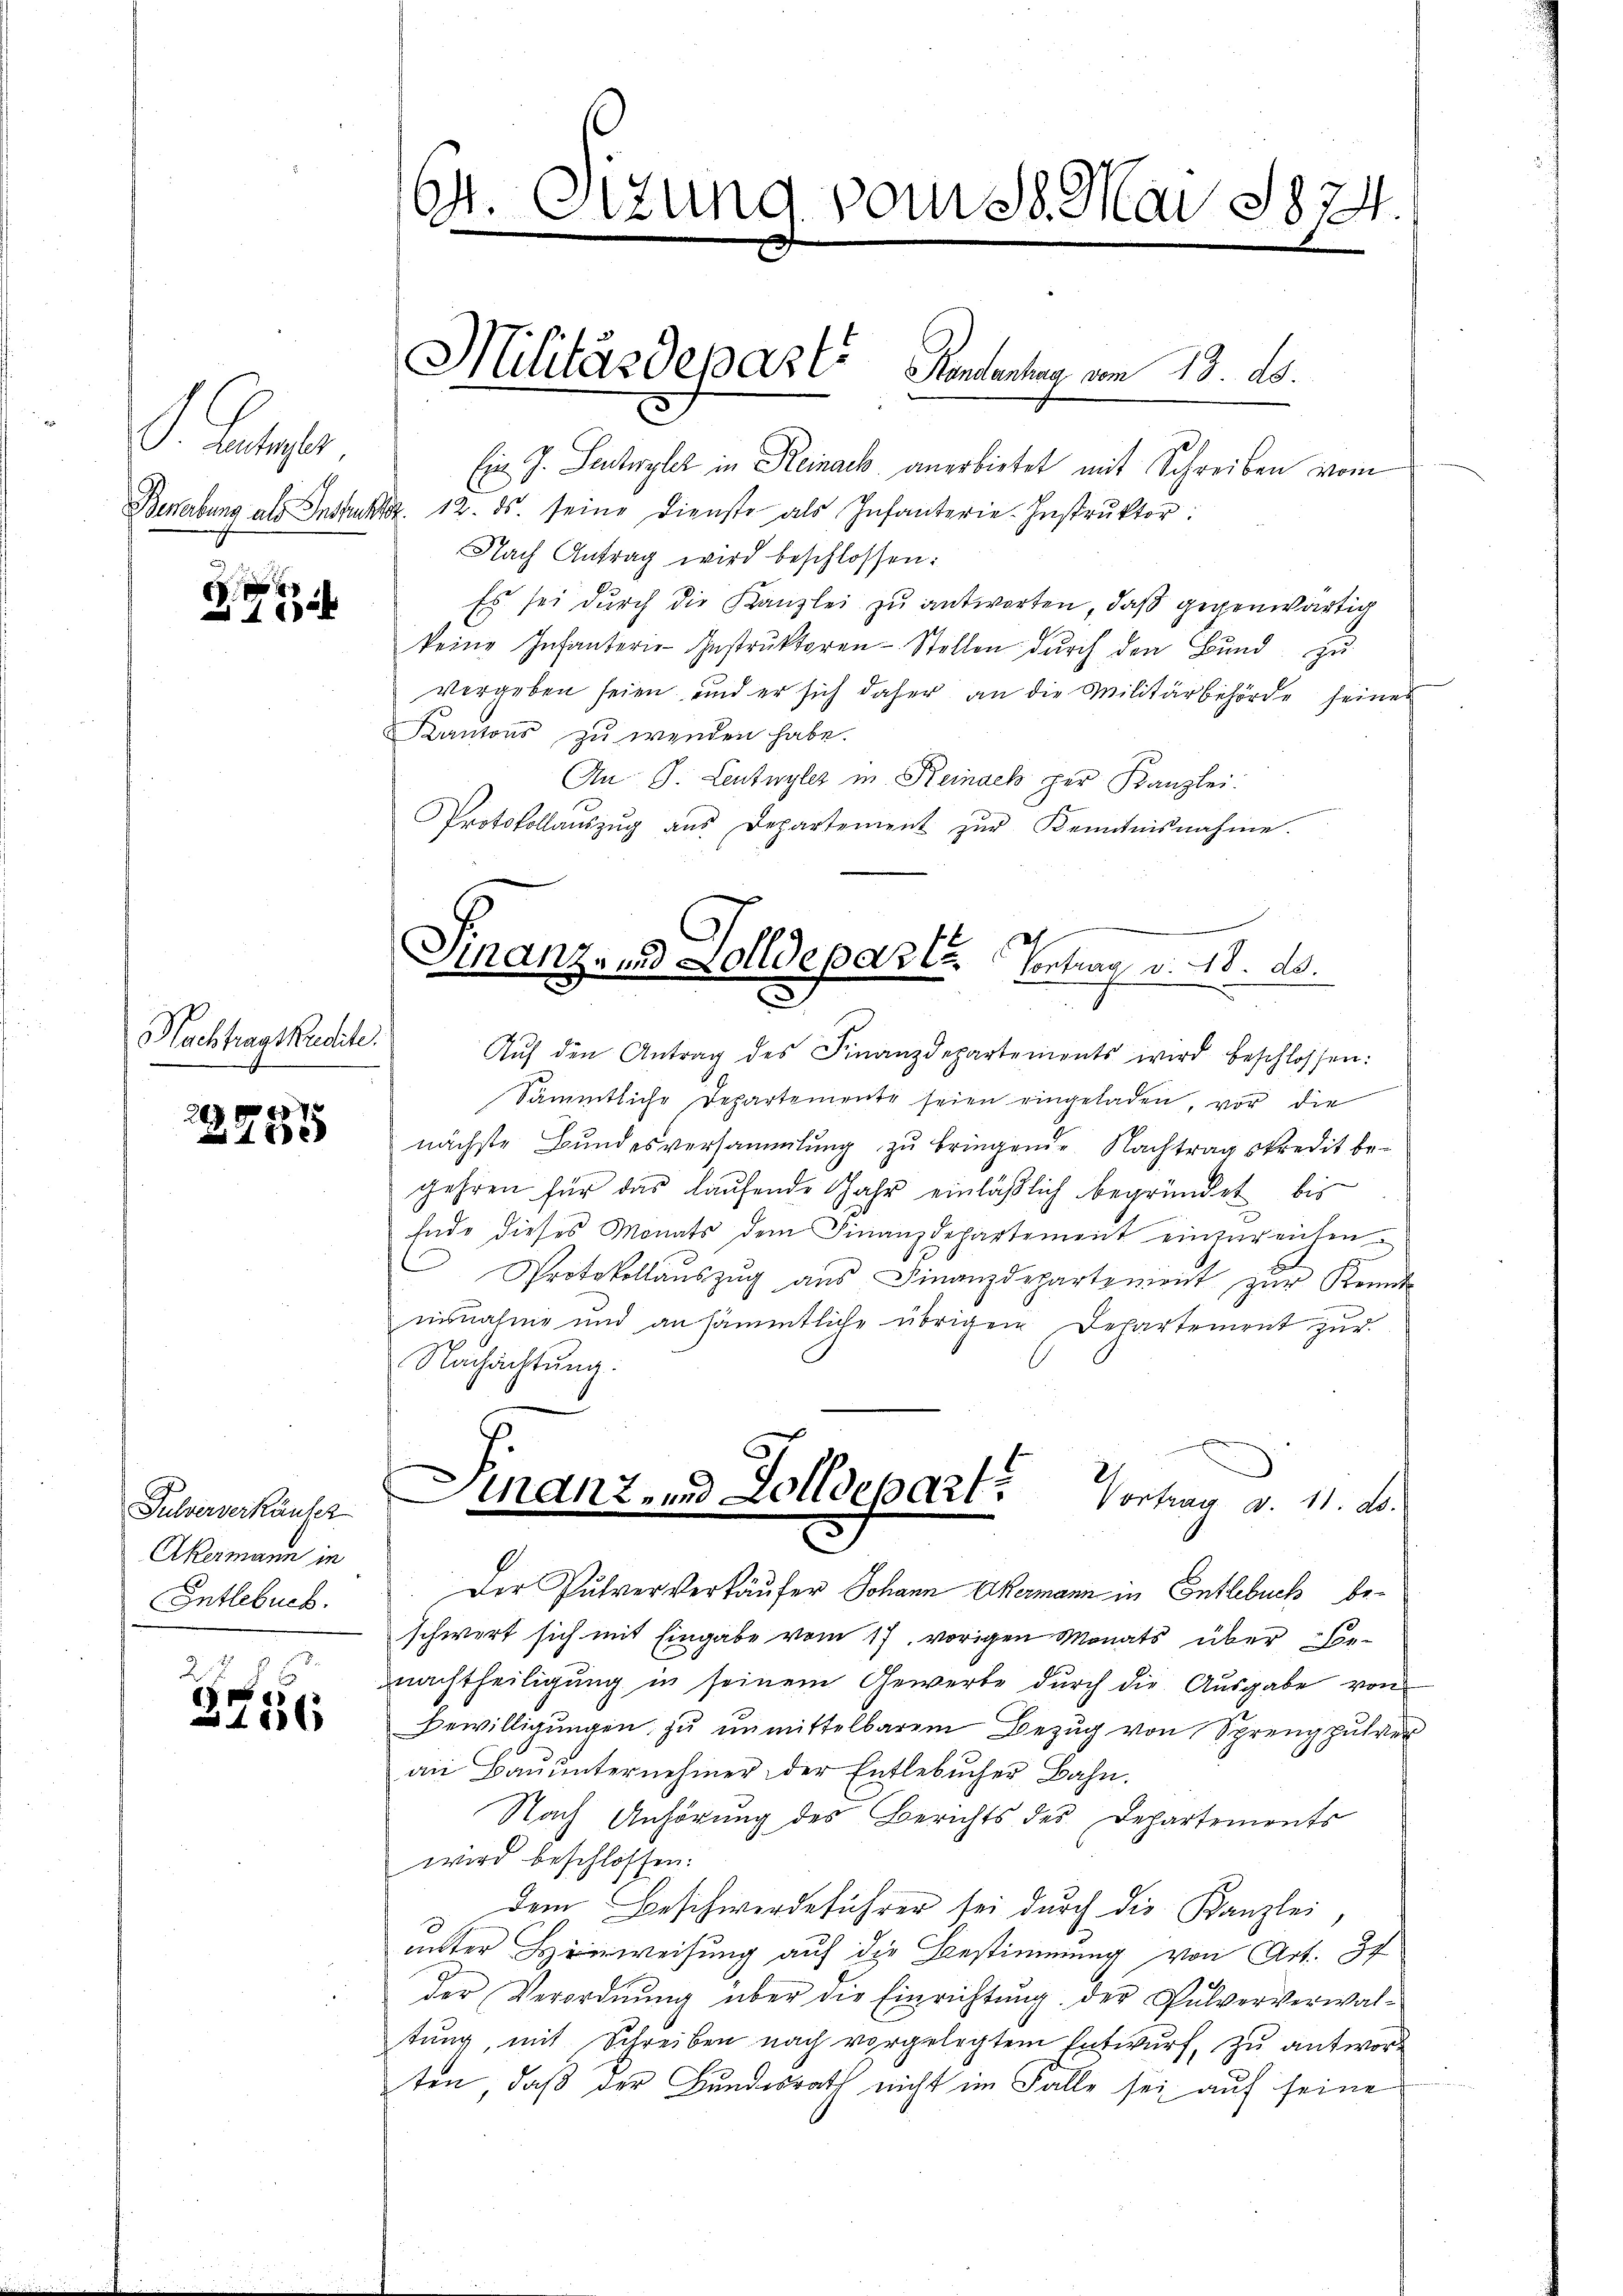
G. Satz.

2

Nachtragskudite.

29 f 12
e

Pulververkäufer
Akermann in
Entlebuch.

2 f 0 x
8
16

Gr. Otzung vom 18. Mai 1874.

Ein J. Leutwyler in Reinack anerbietet mit Schreiben vom
Bewerbung als Instruktz. 12. ds. seine Dienste als Infanterie-Instrŭktor:
Nach Antrag wird beschlossen:
Es sei durch die Kanzlei zu antworten, daß gegenwärtig
keine Infanterie-Instruktoren - Stellen durch den Bund, zu
vergeben seien, und er sich daher an die Militärbehörde seines
Kantons zŭ wenden habe.
An J. Leutwyler in Reinack per Kanzlei:
Protokollaŭszŭg ans Departement zŭr Kenntnisnahme.

Militärdepaste Rentenhang vom 13. ds.

Ginanz- und Zolldeparte Vortrag v. 18. d.

Aŭf den Antrag des Finanzdepartements wird beschlossen:
Sämmtliche Departemente seien eingeladen, vor die
nächste Bundesversammlung zu bringende Nachtragskredit begehren für das laufende Jahr einläßlich begründet, bis
Ende dieses Monats dem Finanzdepartement einzureichen.
Protokollaŭszŭg aŭs Finanzdepartenient zŭr Kennt
asnahme und an sämmtliche übrigen Departement zur
Nachachtung:
Der Pulver Verkäufer Johann Okermann in Entlebuch beschwert sich mit Eingabe vom 17. vorigen Monats über ornachtheiligung in seinem Gewerbe durch die Ausgabe von
Bewilligungen zu unmittelbarem Bezug von Sprengpulver
an Baŭŭnternehmer der Entlebŭcher Bahn.
Nach Anhörung des Berichts des Departements
wird beschlossen:
dem Beschwerdeführer sei durch die Kanzlei,
unter Hinweisung auf die Bestimmung von Art. 37
der Verordnung über die Einrichtung der Pulververwaltung, mit Schreiben nach vorgelegtem Entwurf, zu antworten, daß der Bundesrath nicht im Falle sei auf seine

Manz, und Zolldepart? Vorhan v. 11. ds.